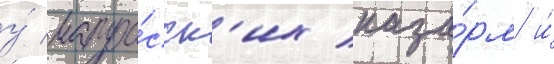
у́ матро́сск'их каза́рм и́